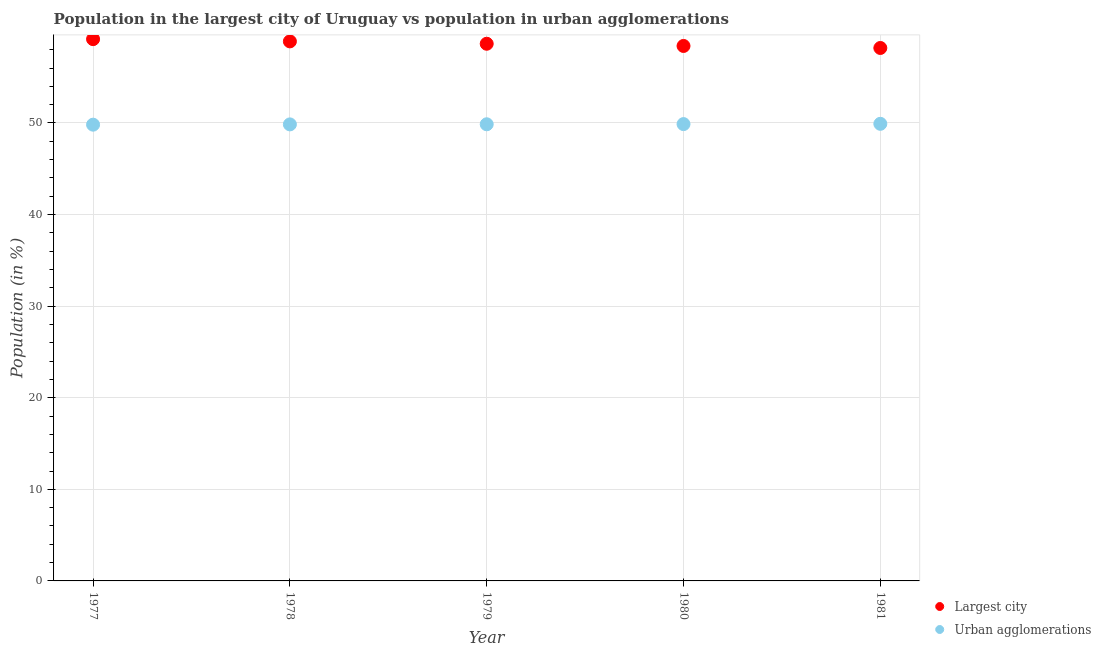
| Year | Largest city | Urban agglomerations |
 | --- | --- | --- |
 | 1977 | 59.2 | 49.8 |
 | 1978 | 58.9 | 49.8 |
 | 1979 | 58.6 | 49.9 |
 | 1980 | 58.4 | 49.9 |
 | 1981 | 58.2 | 49.9 |